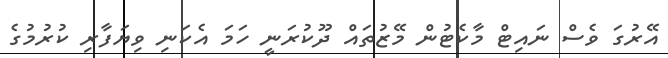
އޭރުގަ ވެސް ނައިޓް މާކެޓުން މޭޒުތައް ދޫކުރަނީ ހަމަ އެކަނި ވިޔަފާރި ކުރުމުގެ